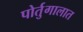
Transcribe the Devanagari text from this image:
पोर्तुगालात